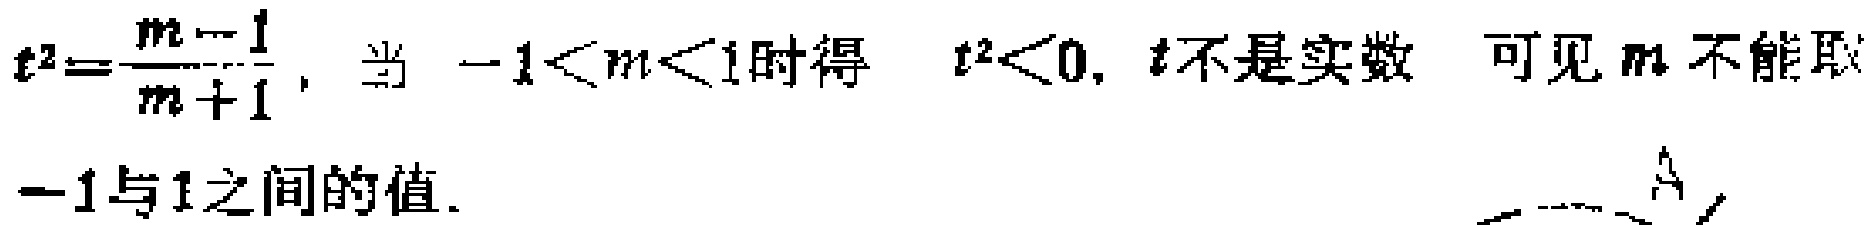
\(t^{2}=\frac{m - 1}{m + 1}\), 当 \(-1<m<1\)时得 \(t^{2}<0\), \(t\)不是实数 可见\(m\)不能取\(-1\)与\(1\)之间的值.